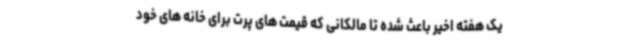
یک هفته اخیر باعث شده تا مالکانی که قیمت های پرت برای خانه های خود